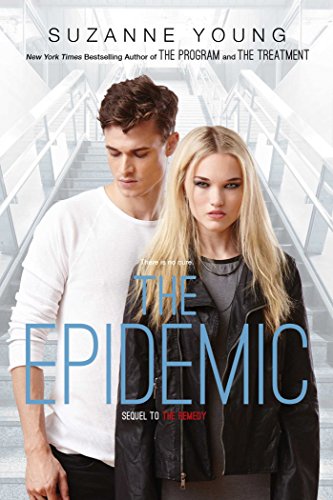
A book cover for The Epidemic (Program); Suzanne Young; Teen & Young Adult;